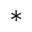
^ *